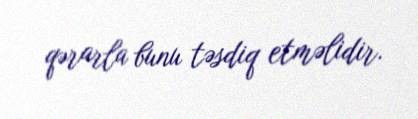
qərarla bunu təsdiq etməlidir.